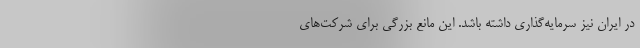
در ایران نیز سرمایه‌گذاری داشته باشد. این مانع بزرگی برای شرکت‌های